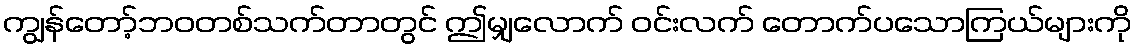
ကျွန်တော့်ဘဝတစ်သက်တာတွင် ဤမျှလောက် ဝင်းလက် တောက်ပသောကြယ်များကို